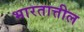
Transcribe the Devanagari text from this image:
भारतात्तील